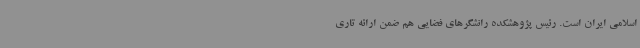
اسلامی ایران است. رئیس پژوهشکده رانشگرهای فضایی هم ضمن ارائه تاری